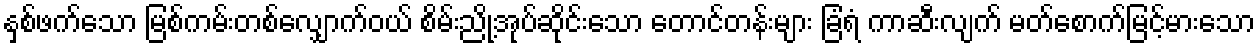
နှစ်ဖက်သော မြစ်ကမ်းတစ်လျှောက်ဝယ် စိမ်းညို့အုပ်ဆိုင်းသော တောင်တန်းများ ခြံရံ ကာဆီးလျက် မတ်စောက်မြင့်မားသော